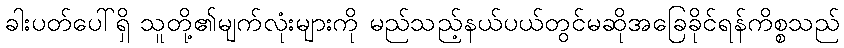
ခါးပတ်ပေါ်ရှိ သူတို့၏မျက်လုံးများကို မည်သည့်နယ်ပယ်တွင်မဆိုအခြေခိုင်ရန်ကိစ္စသည်